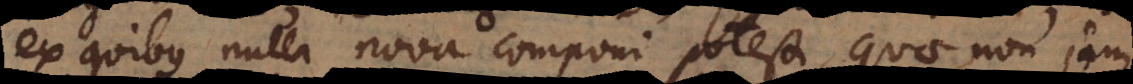
ex quibus nulla nova componi potest, quae non jam